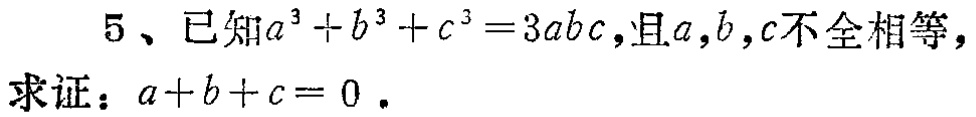
5、已知\(a^{3}+b^{3}+c^{3}=3abc\)，且\(a,b,c\)不全相等，

求证：\(a + b + c = 0\)。